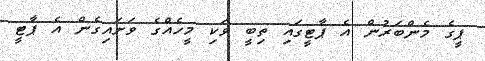
ޕީގެ މެންބަރުން އެ ޕާޓީގައި ތިބީ ވަކި މީހެއްގެ ވަށައިގެން އެ ޕާޓީ